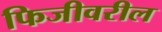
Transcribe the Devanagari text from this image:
फिजीवरील